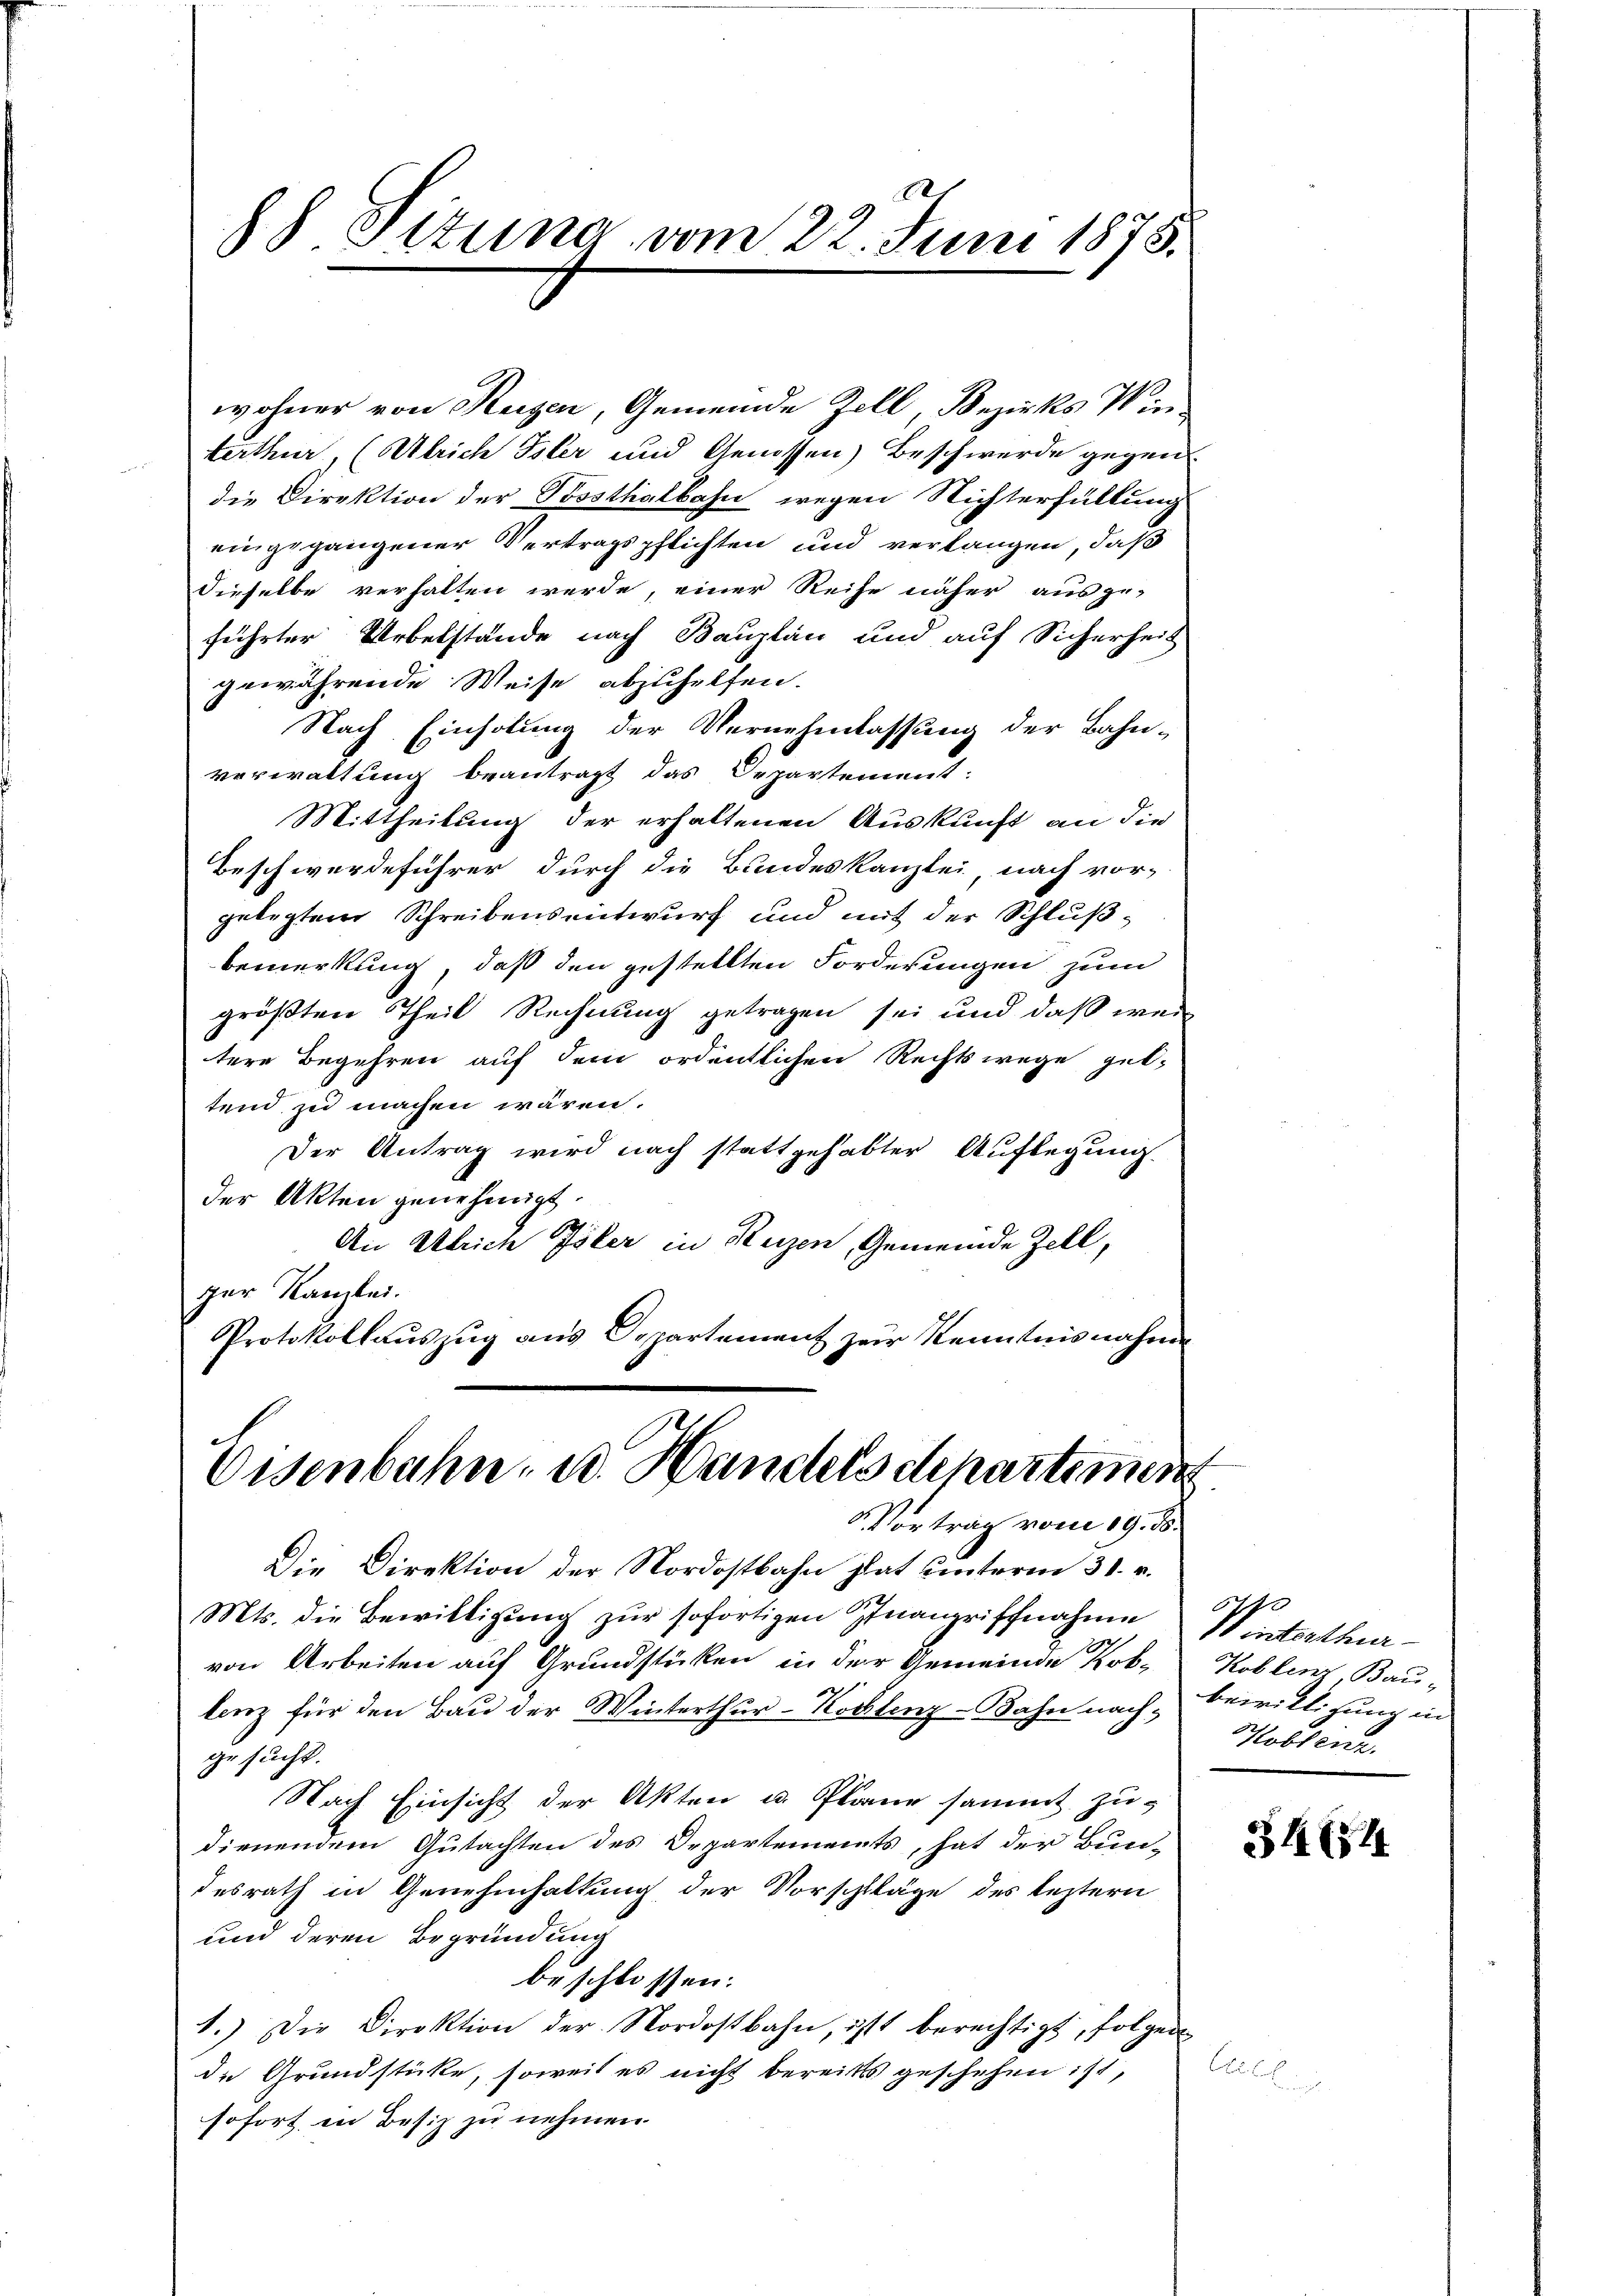
88 Sttung vom 22. Juni 1875.

wohner von Reizen, Gemeinde Zell, Bezirks Winterthur (Ulrich Isler und Genossen) Beschwerde gegen
die Direktion der Bossthalbahn wegen Nichterfüllung
eingegangener Vertragspflichten und verlangen, daß
dieselbe verhalten werde, einer Reise näher ausge-
führter Uebelstände nach Bauplan und auf Sicherheit
gewährende Weise abzuhelfen.
Nach Einholung der Vernehmlassung der Bahn-
verwaltung beantragt das Departement:
Mittheilung der erhaltenen Auskunft an die
Beschwerdeführer durch die Bundeskanzlei nach vor-
gelegtem Schreibensentwurf und mit der Schlußbemerkung, daß den gestellten Forderungen zum
größten Theil Rechnung getragen sei und daß wed
tere Begehren auf dem ordentlichen Rechtswege gel-
tend zu machen wären.
Der Antrag wird nach stattgehabter Auflegung
der Akten genehmigt.
An Ulrich Isler in Reizen, Gemeinde Zell,
zer Kanzlei.
Protokollauszug aus Departement zur Kenntnisnahme

Osenbahn, u. Handels dchartemen
 Vortrag vom 19. ds.

Die Direktion der Nordostbahn hat unterm 31. v.
Mts. die Bewilligung zur sofortigen Inangriffnahme
von Arbeiten auf Grundstücken in der Gemeinde Rok-
lenz für den Bau der Winterthur-Kostenz-Bahn nachgesucht.
Nach Einsicht der Akten u. Plane sammt zu-
dienendem Gutachten des Departements, hat der Bun-
desrath in Genehmhaltung der Vorschläge des leztern
und deren Begründung
beschlossen:
1.) Die Direktion der Nordostbahn, ist berechtigt, folgen
de Grundstücke, soweit es nicht bereits geschehen ist,
sofort in Besiz zu nehmen.

5
11 interthur
Koblen Bau-
bewilligung in
Hoblenz.

34 (74

Lbl. S.